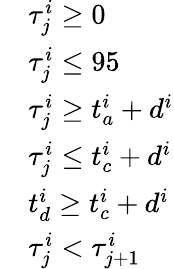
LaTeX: \begin{array}{rl}&{\tau_{j}^{i}\geq 0}\\ &{\tau_{j}^{i}\leq 95}\\ &{\tau_{j}^{i}\geq t_{a}^{i}+d^{i}}\\ &{\tau_{j}^{i}\leq t_{c}^{i}+d^{i}}\\ &{t_{d}^{i}\geq t_{c}^{i}+d^{i}}\\ &{\tau_{j}^{i}<\tau_{j+1}^{i}}\end{array}